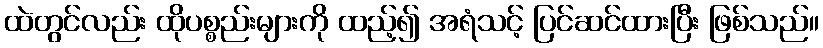
ထဲတွင်လည်း ထိုပစ္စည်းများကို ထည့်၍ အရံသင့် ပြင်ဆင်ထားပြီး ဖြစ်သည်။